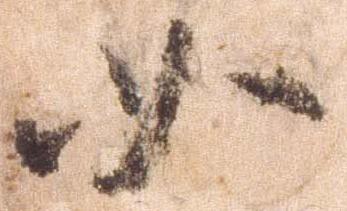
如